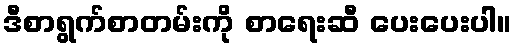
ဒီစာရွက်စာတမ်းကို စာရေးဆီ ပေးပေးပါ။